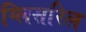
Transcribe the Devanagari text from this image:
ग्लिसरिल